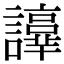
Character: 𧭫